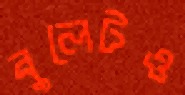
বুলেটও